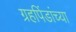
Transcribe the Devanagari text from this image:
ग्रहपिंडांच्या